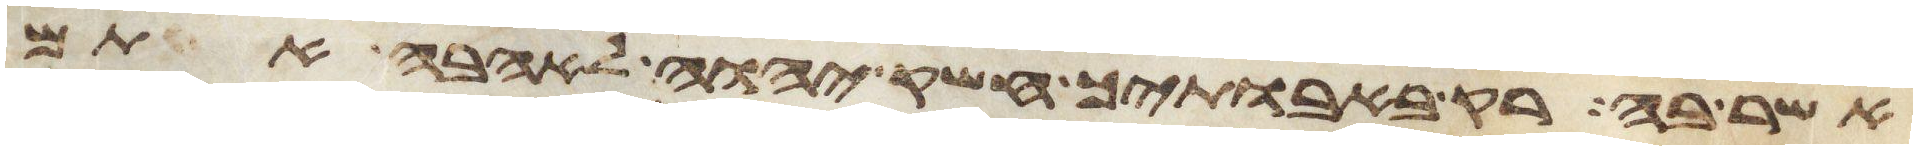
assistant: אשר בה רק באבתיך חשק יהוה לאהבה אתם